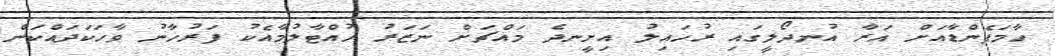
ހާމަފެންޑާއަށް އަރާ އުނދޯލީގައި ރުހައިލު އިށީނދެ މައްޗަށް ނަޒަރު ހުއްޓާލުމާއެކު ފަރުހާނު ވާހަކަދައްކަން